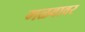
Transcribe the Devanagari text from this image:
गळवावर